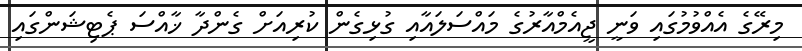
މިރޭގެ އެއްވުމުގައި ވަނީ ޖީއެމްއާރުގެ މައްސަލައާއި ގުޅިގެން ކުރިއަށް ގެންދާ ޚާއްސަ ޕެޓިޝަންގައި